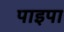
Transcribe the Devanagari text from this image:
पाइपा